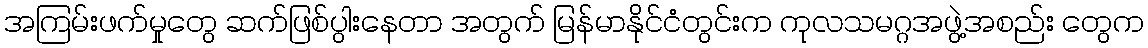
အကြမ်းဖက်မှုတွေ ဆက်ဖြစ်ပွါးနေတာ အတွက် မြန်မာနိုင်ငံတွင်းက ကုလသမဂ္ဂအဖွဲ့အစည်း တွေက